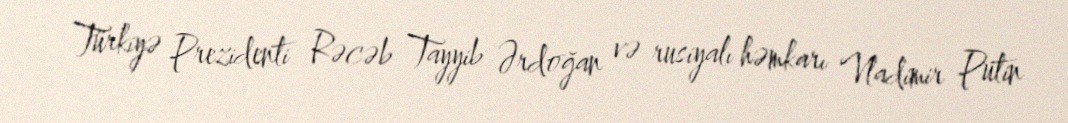
Türkiyə Prezidenti Rəcəb Tayyib Ərdoğan və rusiyalı həmkarı Vladimir Putin